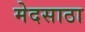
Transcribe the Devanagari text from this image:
मेदसाठा